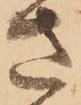
さ